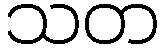
သတ